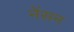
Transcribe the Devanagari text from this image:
नेंसन